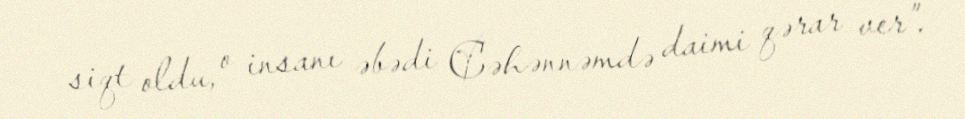
siqt oldu, o insanı əbədi Cəhənnəmdə daimi qərar ver”.